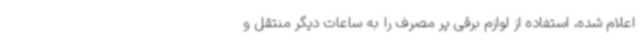
اعلام شده، استفاده از لوازم برقی پر مصرف را به ساعات دیگر منتقل و